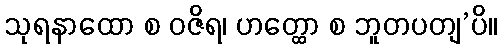
သုရနာထော စ ဝဇိရ၊ ဟတ္ထော စ ဘူတပတျ’ပိ။